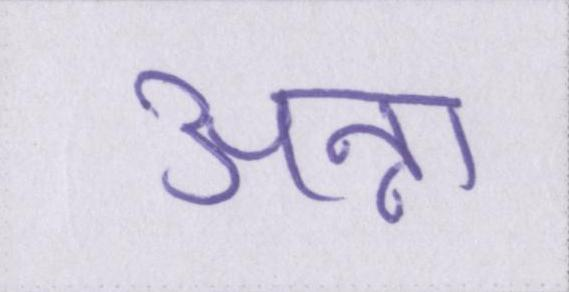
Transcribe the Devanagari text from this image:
अन्ना